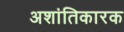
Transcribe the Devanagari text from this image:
अशांतिकारक